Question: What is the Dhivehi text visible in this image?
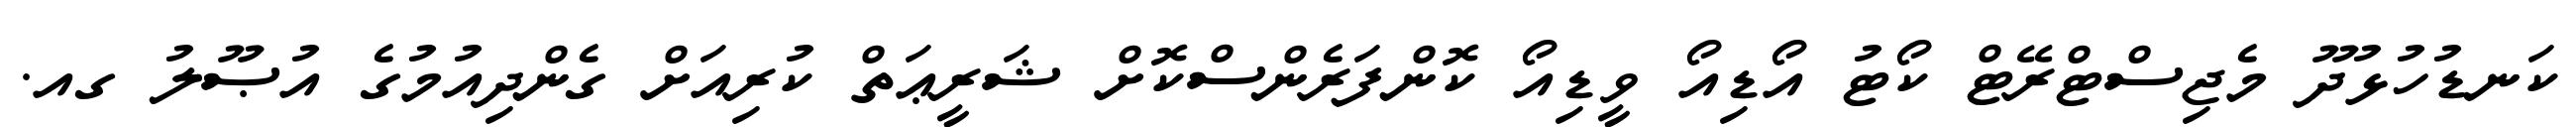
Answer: ކަނޑުހުޅުދޫ މެޖިސްޓްރޭޓް ކޯޓު އޯޑިއޯ ވީޑިއޯ ކޮންފަރެންސްކޮށް ޝަރީޢަތް ކުރިއަށް ގެންދިއުމުގެ އުޞޫލު ގއ.